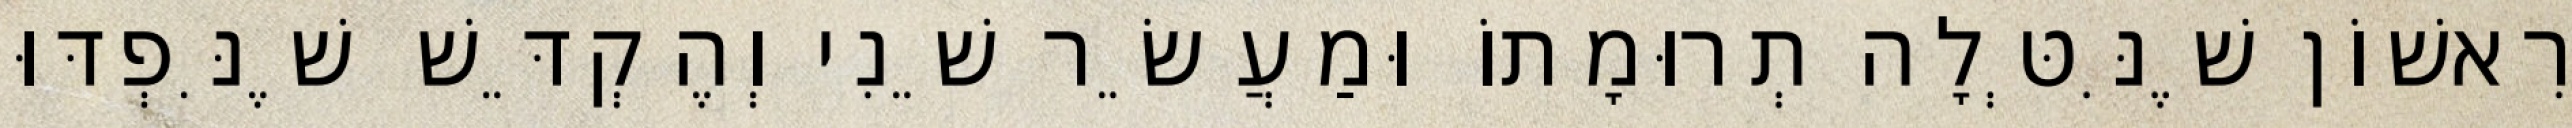
רִאשׁוֹן שֶׁנִּטְּלָה תְרוּמָתוֹ וּמַעֲשֵׂר שֵׁנִי וְהֶקְדֵּשׁ שֶׁנִּפְדּוּ